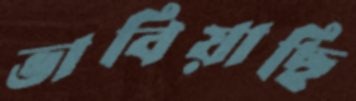
ভাবিয়াছি